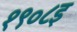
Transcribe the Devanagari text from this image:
१९०८इ